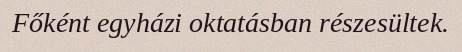
Főként egyházi oktatásban részesültek.